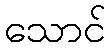
သောင်